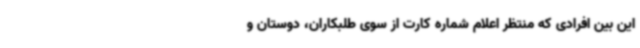
این بین افرادی که منتظر اعلام شماره کارت از سوی طلبکاران، دوستان و